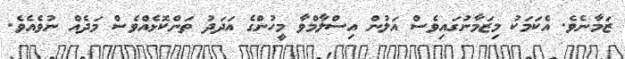
ޒަމާނެވެ. އެކަމަކު މިޒަމާނުގައިވެސް އަލުން އިސްލާމްވާ މީހުންގެ އަދަދު ތަންކޮޅެއްވެސް މަދެއް ނުވެއެވެ.